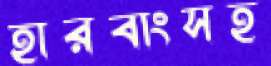
হারবাংসহ